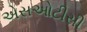
એસઓટીસી